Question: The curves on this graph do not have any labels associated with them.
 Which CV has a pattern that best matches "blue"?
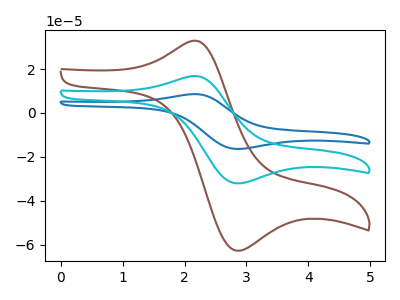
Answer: <think>The blue curve "blue" has an anodic peak at (2.10V, 33.50uA) and a cathodic peak at (2.85V, -64.15uA). The brown curve "brown" has an anodic peak at (2.10V, 32.80uA) and a cathodic peak at (2.85V, -62.75uA). The cyan curve "cyan" has an anodic peak at (2.10V, 16.75uA) and a cathodic peak at (2.85V, -32.05uA).
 All the peaks in "blue" have a peak in "brown" at the same potential. Every peak in "blue" is higher than every peak in "brown". All the peaks in "blue" have a peak in "cyan" at the same potential. Every peak in "blue" is higher than every peak in "cyan". All the peaks in "brown" have a peak in "cyan" at the same potential. Every peak in "brown" is higher than every peak in "cyan".</think>
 <answer>"blue" and "cyan" have a similar shape to "brown".</answer>
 <eval>"blue" "cyan"</eval>